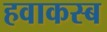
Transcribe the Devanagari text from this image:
हवाकस्‍ब